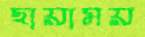
ছায়াময়